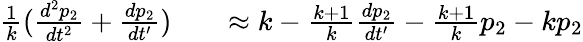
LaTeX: \begin{array}{rlr}{\frac{1}{k}(\frac{d^{2}p_{2}}{dt^{2}}+\frac{dp_{2}}{dt^{\prime}})}&{{}}&{\approx k-\frac{k+1}{k}\frac{dp_{2}}{dt^{\prime}}-\frac{k+1}{k}p_{2}-kp_{2}}\end{array}